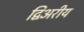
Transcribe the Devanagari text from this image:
द्विअरीय